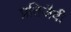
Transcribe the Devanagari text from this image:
प्रतिजैवी